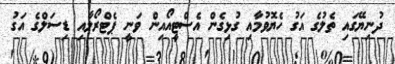
ދުނިޔޭގައި ތެލުގެ އަގު ހެޔޮވުމާއި ގުޅިގެން އެސްޓީއޯއިން ވަނީ ޕެޓްރޯލާއި ޑިސަލްގެ އަގު